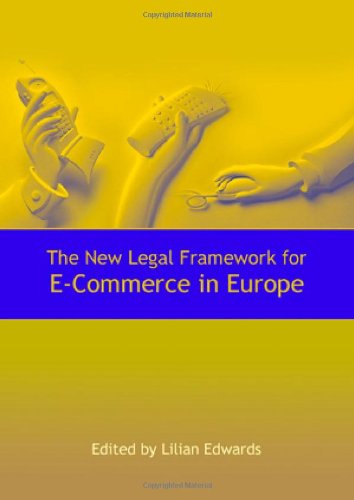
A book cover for The New Legal Framework for E-Commerce in Europe; Computers & Technology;